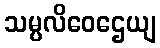
သမ္ပလိဝေဌေယျ